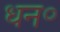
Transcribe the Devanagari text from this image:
धन॰